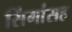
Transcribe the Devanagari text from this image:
सिंगांसह